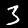
Digit: 3